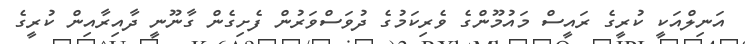
އަނިލްއަކީ ކުރީގެ ރައީސް މައުމޫންގެ ވެރިކަމުގެ ދުވަސްވަރުން ފެށިގެން ގާނޫނީ ދާއިރާއިން ކުރީގެ